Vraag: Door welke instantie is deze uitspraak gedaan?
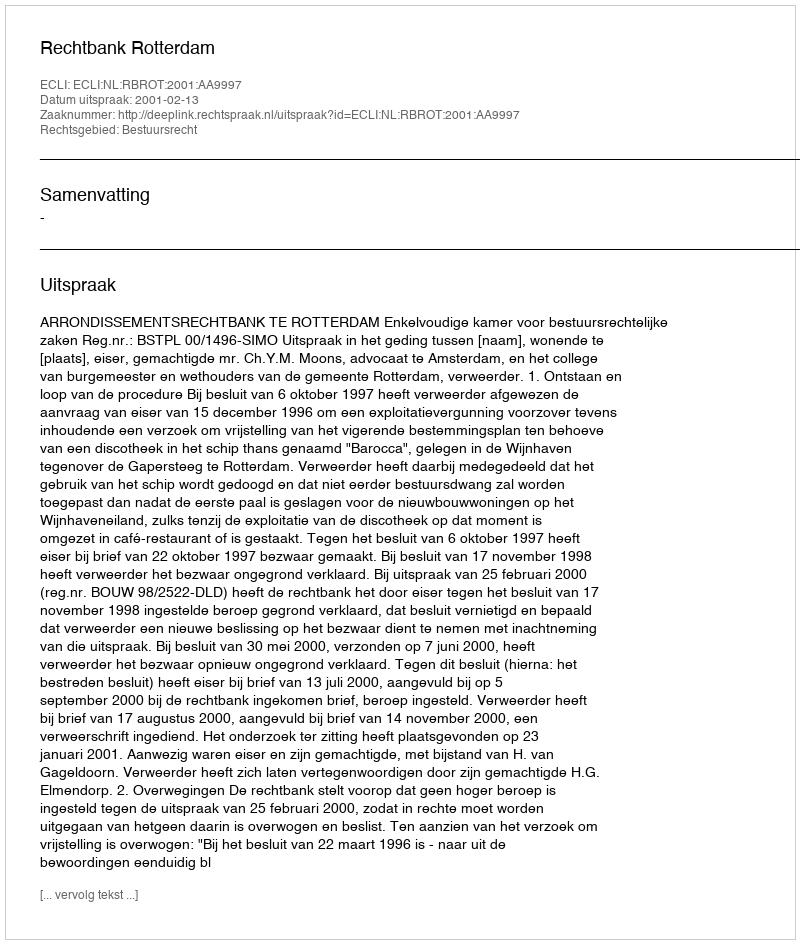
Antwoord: Rechtbank Rotterdam